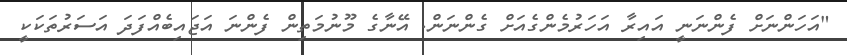
"އަހަންނަށް ފެންނަނީ އައިރާ އަހަރުމެންގެއަށް ގެންނަން. އޭނާގެ މޫނުމަތިން ފެންނަ އަޖައިބެއްފަދަ އަސަރުތަކަކީ